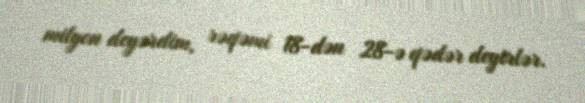
milyon deyərdim, rəqəmi 18-dən 28-ə qədər deyirlər.